Vaccination in Bombay 1874-1876 - 1874-1876
Year: 1874
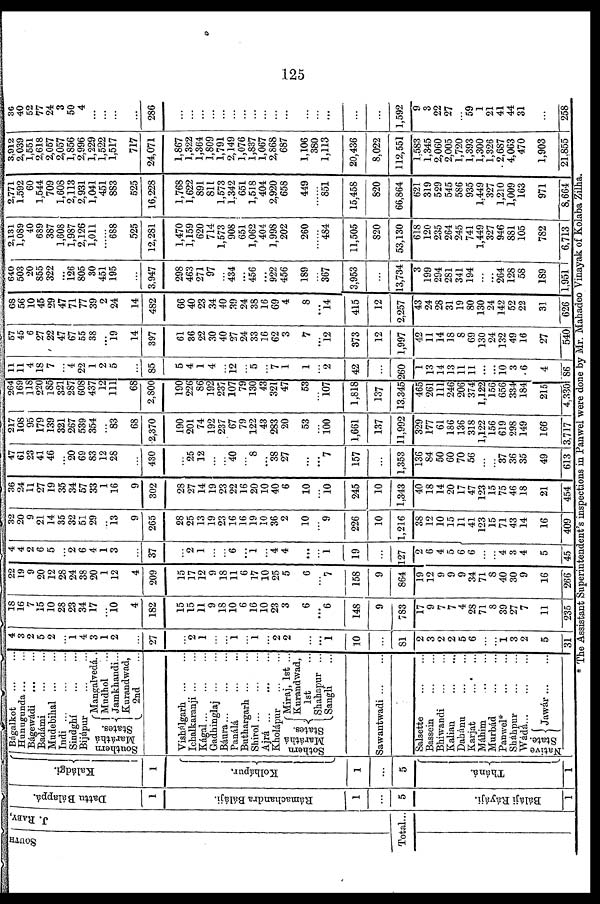
125
SOUTH
J. RABY.
Total...
Dattu Bálappá.
1
Rámachandra Báláji.
1
...
5
Báláji Ráyáji.
1
Kaládgi.
1
Kolhápur.
1
...
5
Tháná.
1
Bágalkot
...
...
Hunugunda...
...
Bágewádi
...
...
Badámi
...
...
Mudebihal ... ...
Indi...
...
...
Sindghí
...
...
Bijápur
...
...
Southern
Maráthá
States.
Mangalvedá..
Mudhol
...
Jamkhandi...
Kurandwad,
2nd ...
Vishálgarh ... ...
Ichalkaranji ... ...
Kágal...
...
...
Gadhinglaj ... ...
Báura...
...
...
Panálá
...
...
Buthargarh...
...
Shirol...
...
...
Ajrá...
...
...
Kholápur
...
...
Sothern
Maráthá
States.
Miraj, 1st ...
Kurandwad,
1st ...
Shahapur ...
Sangli ...
Sawantwadi...
...
Salsette
...
...
Bassein
...
...
Bhiwandi
...
...
Kalian
...
...
Dahánu
...
...
Karjat
... ...
Máhim ... ...
Murbád
...
...
Panwel*
...
...
Sháhpur
...
...
Wádá...
...
...
Native
State.
Jawár...
...
4
3
2
5
2
...
1
4
3
1
2
...
27
...
2
1
...
...
1
...
1
...
2
2
...
...
1
10
...
81
2
3
2
2
5
6
...
...
1
3
2
5
31
18
16
7
15
10
28
23
34
17
...
10
4
182
15
15
11
9
18
10
6
16
10
23
3
6
...
6
148
9
783
17
9
7
7
4
28
71
8
39
27
7
11
235
22
19
9
20
12
28
24
38
20
1
12
4
209
15
17
12
9
18
11
6
17
10
25
5
6
...
7
158
9
864
19
12
9
9
9
34
71
8
40
30
9
16
266
4
4
2
6
5
...
2
6
4
1
3
...
37
...
2
1
...
...
6
...
1
...
4
4
...
...
1
19
...
127
2
6
4
5
6
6
...
...
4
3
4
5
45
32
20
9
21
14
35
32
51
29
...
13
9
265
28
25
13
19
23
16
16
19
10
36
2
10
...
9
226
10
1,216
38
12
10
15
11
41
123
15
71
43
14
16
409
36
24
11
27
19
35
34
57
33
1
16
9
302
28
27
14
19
23
22
16
20
10
40
6
10
...
10
245
10
1,343
40
18
14
20
17
47
123
15
75
46
18
21
454
47
61
23
41
46
...
20
69
83
12
28
...
430
...
25
12
...
...
40
...
8
...
38
27
...
...
7
157
...
1,353
136
84
50
60
70
56
...
...
37
36
35
49
613
217
108
95
179
139
321
267
539
354
...
83
68
2,370
190
201
74
192
237
67
79
122
43
283
20
53
...
100
1,661
137
11,992
329
177
61
186
136
318
1,122
156
619
298
149
166
3,717
264
169
118
220
185
321
287
608
437
12
111
68
2,800
190
226
86
192
237
107
79
130
43
321
47
53
...
107
1,818
137
13,345
465
261
111
246
206
374
1,122
156
656
334
184
215
4,330
11
11
4
18
7
...
4
22
1
2
5
...
85
5
4
1
4
...
12
...
5
...
7
1
1
...
2
42
...
260
1
13
14
13
11
11
...
...
10
3
6
4
86
57
45
6
27
22
47
67
55
38
...
19
14
397
61
36
22
30
40
27
24
33
16
62
3
7
...
12
373
12
1,997
42
11
14
18
8
69
130
24
132
49
16
27
540
68
56
10
45
29
47
71
77
39
2
24
14
482
66
40
23
34
40
39
24
38
16
69
4
8
...
14
415
12
2,257
43
24
28
31
19
80
130
24
142
52
22
31
626
640
503
20
855
322
...
126
805
30
451
195
...
3,947
298
463
271
97
...
434
...
456
...
922
456
189
...
367
3,953
...
13,734
3
199
294
281
341
194
...
...
264
128
58
189
1,951
2,131
1,089
40
689
387
1,608
1,987
2,126
1,011
......
688
525
12,281
1,470
1,159
620
714
1,573
908
651
1,062
404
1,998
202
260
......
484
11,505
820
53,130
618
120
235
264
245
741
1,449
327
946
881
105
782
6,713
2,771
1,592
60
1,544
709
1,608
2,113
2,931
1,041
451
883
525
16,228
1,768
1,622
891
811
1,573
1,342
651
1,518
404
2,920
658
449
......
851
15,458
820
66,864
621
319
529
545
586
935
1,449
327
1,210
1,009
163
971
8,664
3,912
2,039
1,551
2,618
2,057
2,057
1,856
2,996
1,229
1,522
1,517
717
24,071
1,867
1,322
1,364
1,809
1,791
2,149
1,076
1,837
1,067
2,868
687
1,106
380
1,113
20,436
8,022
112,551
1,583
1,345
2,060
2,005
1,720
1,393
1,300
1,326
2,687
4,063
470
1,903
21,855
36
40
52
77
24
3
50
4
...
...
...
...
286
...
...
...
...
...
...
...
...
...
...
...
...
...
...
...
...
1,592
9
3
22
27
...
59
1
21
41
44
31
...
258
* The Assistant Superintendent's inspections in Panwel were done by Mr. Mahadeo Vinayak of Kolaba Zilha.